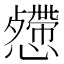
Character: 𢤅